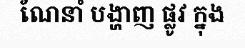
ណែនាំ បង្ហាញ ផ្លូវ ក្នុង